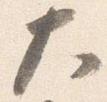
大